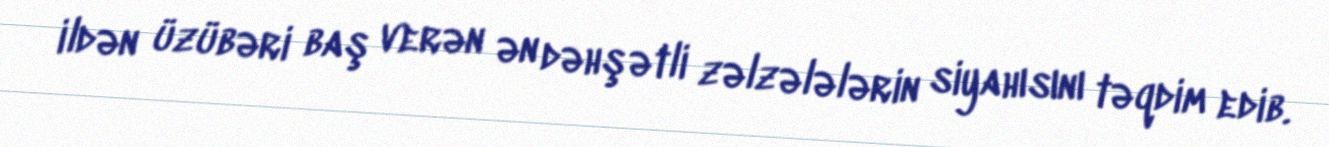
ildən üzübəri baş verən ən dəhşətli zəlzələlərin siyahısını təqdim edib.